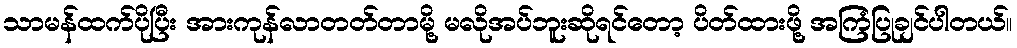
သာမန်ထက်ပိုပြီး အားကုန်လာတတ်တာမို့ မလိုအပ်ဘူးဆိုရင်တော့ ပိတ်ထားဖို့ အကြံပြုချင်ပါတယ်။